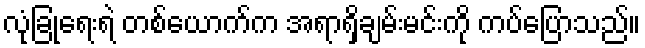
လုံခြုံရေးရဲ တစ်ယောက်က အရာရှိချမ်းမင်းကို ကပ်ပြောသည်။